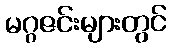
မဂ္ဂဇင်းများတွင်